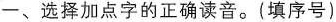
一、选择加点字的正确读音。(填序号)